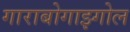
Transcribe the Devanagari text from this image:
गाराबोगाझ्गोल